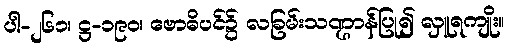
ပါ-၂၆၁၊ ဋ္ဌ-၁၉၀၊ ဗောဓိပင်၌ လခြမ်းသဏ္ဌာန်ပြု၍ လှူရကျိုး။